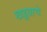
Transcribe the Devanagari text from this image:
खड्डय़ाचे